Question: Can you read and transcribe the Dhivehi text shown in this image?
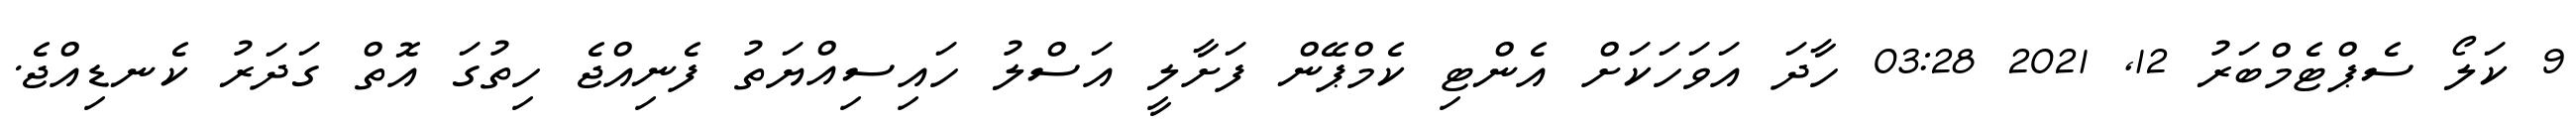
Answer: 9 ކަލޯ ސެޕްޓެމްބަރު 12, 2021 03:28 ހާދަ އަވަހަކަށް އެންޓި ކެމްޕޭން ފަށާލީ އަސްލު ހައިސިއްޔަތު ފެނިއްޖެ ހިތުގަ އޮތް ގަދަރު ކެނޑިއްޖެ.